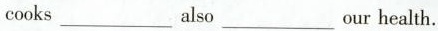
cooks ___ also ___ our health.